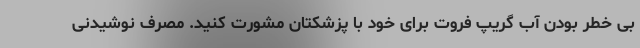
بی خطر بودن آب گریپ فروت برای خود با پزشکتان مشورت کنید. مصرف نوشیدنی